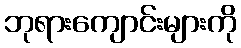
ဘုရားကျောင်းများကို